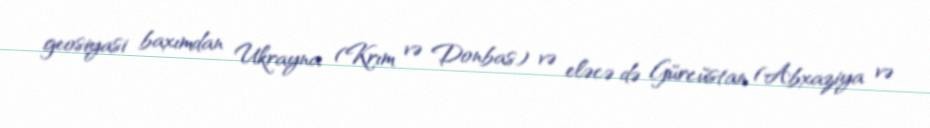
geosiyasi baxımdan Ukrayna (Krım və Donbas) və eləcə də Gürcüstan (Abxaziya və